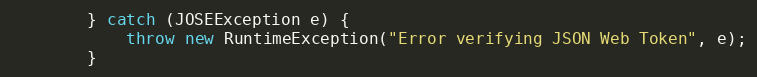
Language: Java
        } catch (JOSEException e) {
            throw new RuntimeException("Error verifying JSON Web Token", e);
        }